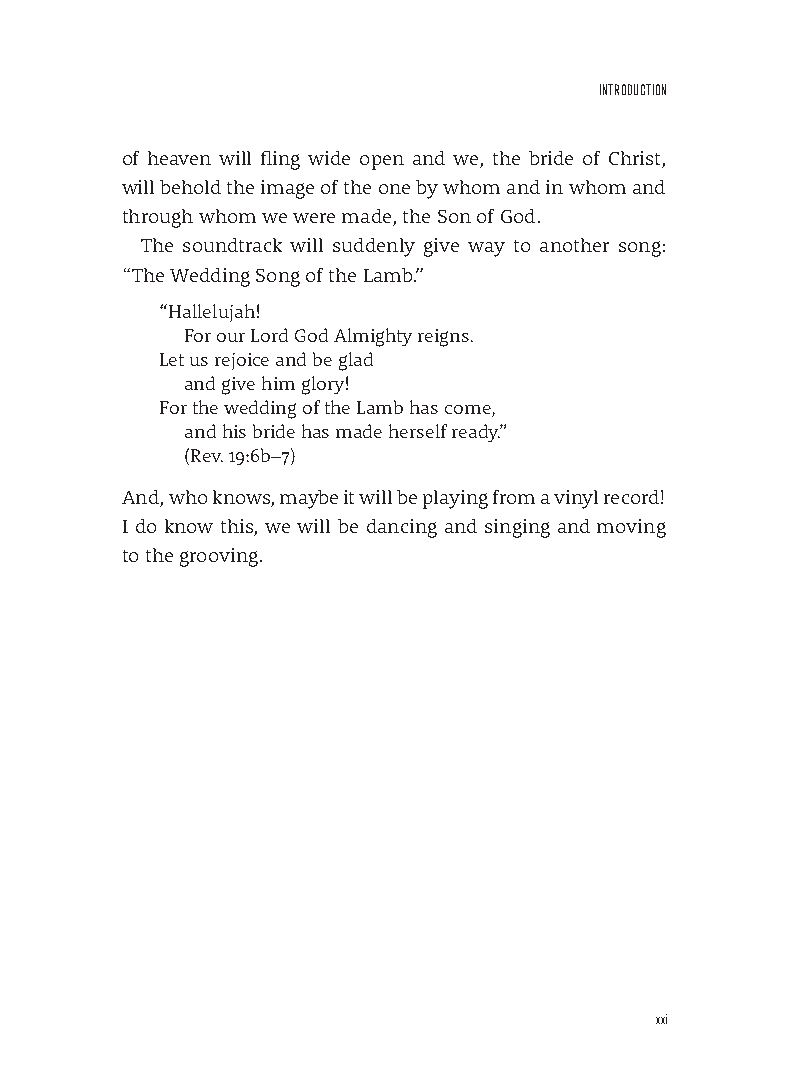
InTroDuCTIon
 of heaven will fling wide open and we, the bride of Christ,
 will behold the image of the one by whom and in whom and
 through whom we were made, the Son of God.
 The soundtrack will suddenly give way to another song:
 “The Wedding Song of the Lamb.”
 “Hallelujah!
 For our Lord God Almighty reigns.
 Let us rejoice and be glad
 and give him glory!
 For the wedding of the Lamb has come,
 and his bride has made herself ready.”
 (Rev. 19:6b–7)
 And, who knows, maybe it will be playing from a vinyl record!
 I do know this, we will be dancing and singing and moving
 to the grooving.
 xxi